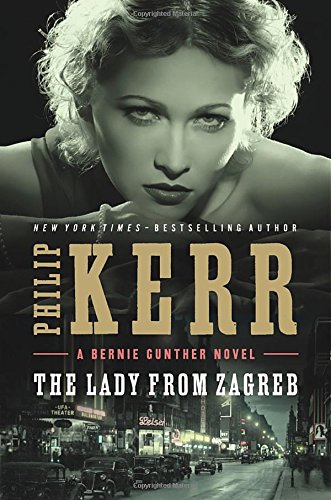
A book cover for The Lady from Zagreb (A Bernie Gunther Novel); Philip Kerr; Mystery, Thriller & Suspense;